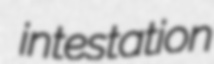
intestation